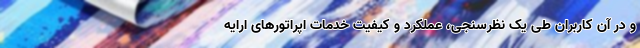
و در آن کاربران طی یک نظرسنجی، عملکرد و کیفیت خدمات اپراتورهای ارایه